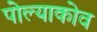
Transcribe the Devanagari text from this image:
पोल्याकोव